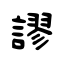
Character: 謬